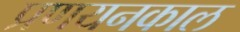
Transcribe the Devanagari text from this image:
प्रणयनकाल